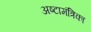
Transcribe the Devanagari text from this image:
अष्टामंत्रिका